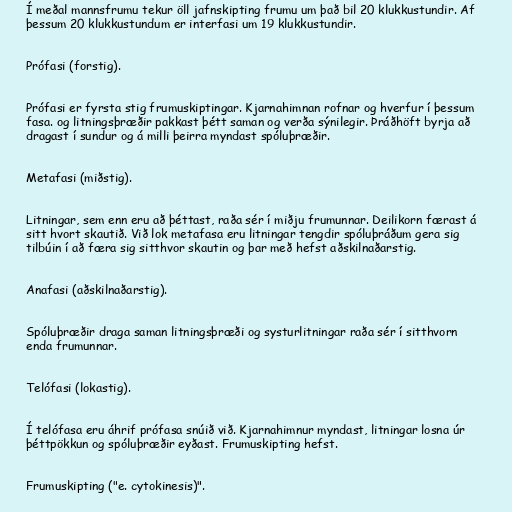
Í meðal mannsfrumu tekur öll jafnskipting frumu um það bil 20 klukkustundir. Af
þessum 20 klukkustundum er interfasi um 19 klukkustundir.

Prófasi (forstig).

Prófasi er fyrsta stig frumuskiptingar. Kjarnahimnan rofnar og hverfur í þessum
fasa. og litningsþræðir pakkast þétt saman og verða sýnilegir. Þráðhöft byrja að
dragast í sundur og á milli þeirra myndast spóluþræðir.

Metafasi (miðstig).

Litningar, sem enn eru að þéttast, raða sér í miðju frumunnar. Deilikorn færast á
sitt hvort skautið. Við lok metafasa eru litningar tengdir spóluþráðum gera sig
tilbúin í að færa sig sitthvor skautin og þar með hefst aðskilnaðarstig.

Anafasi (aðskilnaðarstig).

Spóluþræðir draga saman litningsþræði og systurlitningar raða sér í sitthvorn
enda frumunnar.

Telófasi (lokastig).

Í telófasa eru áhrif prófasa snúið við. Kjarnahimnur myndast, litningar losna úr
þéttpökkun og spóluþræðir eyðast. Frumuskipting hefst.

Frumuskipting ("e. cytokinesis)".